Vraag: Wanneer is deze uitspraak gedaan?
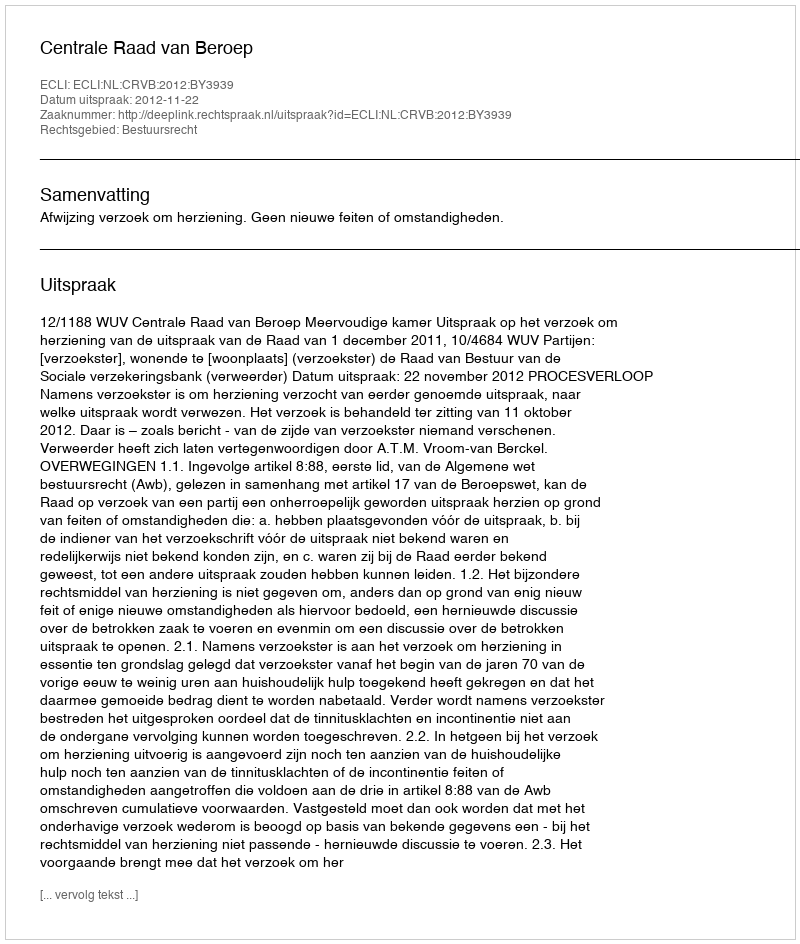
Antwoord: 2012-11-22